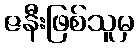
ဇနီးဖြစ်သူမှ